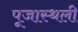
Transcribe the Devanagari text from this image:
पूजास्थली